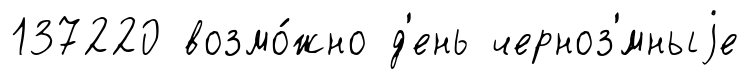
137220 возмо́жно д'ень черноз'́мныjе